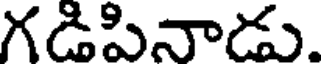
గడిపినాడు.